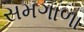
સમગાળા